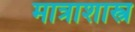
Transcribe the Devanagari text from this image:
मात्राशास्त्र